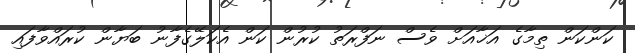
ކަންކަން ތިމާގެ އަޚާއަށް ވެސް ނަފްރަތު ކުރުން ކަން އެކަލޭގެފާނު ބަޔާން ކުރައްވާފައި